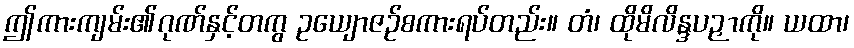
ဤကားကျမ်း၏ဂုဏ်နှင့်တကွ ဥယျောဇဉ်စကားရပ်တည်း။ တံ၊ ထိုမိလိန္ဒပဉှာကို။ ယထာ၊